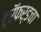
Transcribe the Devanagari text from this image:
ट्रॅफर्डचा